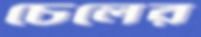
চেলের